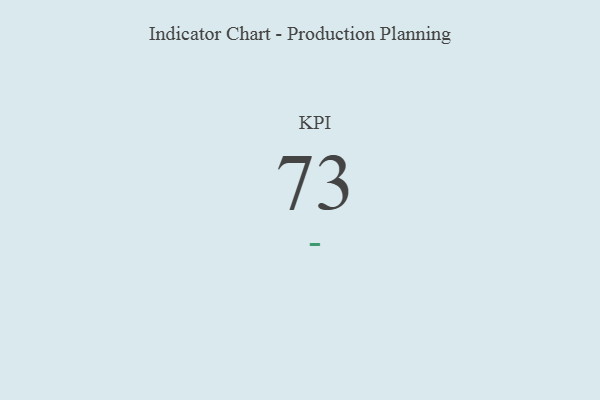
{"axis": {"x": "KPI", "y": "Value"}, "legend": [""], "data": [{"x": "KPI", "y": 73, "type": ""}]}